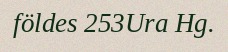
földes 253Ura Hg.